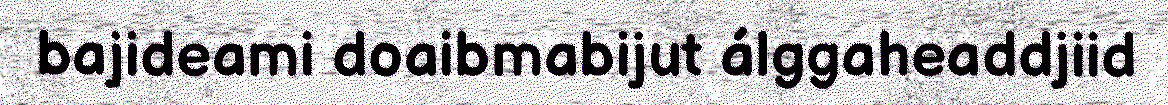
bajideami doaibmabijut álggaheaddjiid